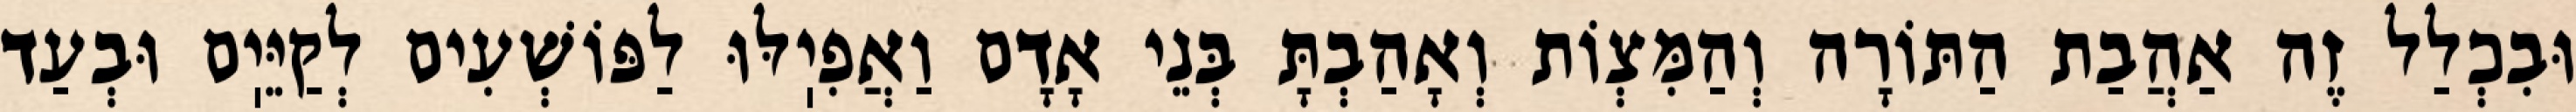
וּבִכְלַל זֶה אַהֲבַת הַתּוֹרָה וְהַמִּצְוֹת וְאָהַבְתָּ בְּנֵי אָדָם וַאֲפִיֽלּוּ לַפּוֹשְׁעִים לְקַיֵּיֽם וּבְעַד